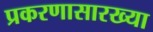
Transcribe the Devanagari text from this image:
प्रकरणासारख्या